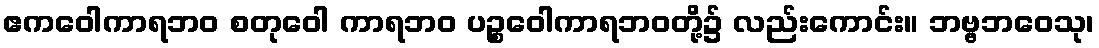
ဧကဝေါကာရဘဝ စတုဝေါ ကာရဘဝ ပဉ္စဝေါကာရဘဝတို့၌ လည်းကောင်း။ ဘဗ္ဗဘဝေသု၊